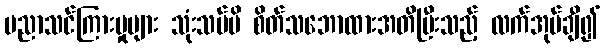
ပညာသင်ကြားမှုများ သုံးသပ်မိ စိတ်သဘောထားအတိပြီးသည့် လက်အုပ်ချီ၍